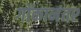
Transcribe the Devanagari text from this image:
गोंकानंतर